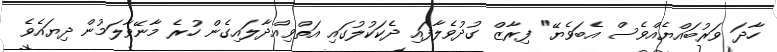
ހާދަ ވަރުބައްޔެއްވެސް އެބަވެޔޭ" ފިރާޒް ގުދުވެލާފައި ދެކަކުލުގައި އަތްވިއްދާލައިގެން ހުރެ މާނޭވާލަމުން ދިޔައެވެ